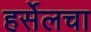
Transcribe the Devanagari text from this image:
हर्सेलचा